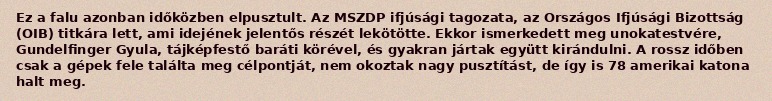
Ez a falu azonban időközben elpusztult. Az MSZDP ifjúsági tagozata, az Országos Ifjúsági Bizottság (OIB) titkára lett, ami idejének jelentős részét lekötötte. Ekkor ismerkedett meg unokatestvére, Gundelfinger Gyula, tájképfestő baráti körével, és gyakran jártak együtt kirándulni. A rossz időben csak a gépek fele találta meg célpontját, nem okoztak nagy pusztítást, de így is 78 amerikai katona halt meg.